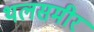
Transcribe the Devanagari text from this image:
थलसमीर